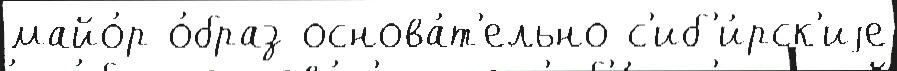
майо́р о́браз основа́т'ельно с'иб'и́рск'иjе